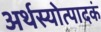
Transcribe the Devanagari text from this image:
अर्थस्योत्पादकं